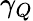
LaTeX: \gamma_{Q}